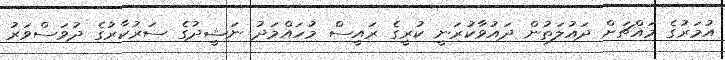
އުމަރުގެ މައްޗަށް ދައުލަތުން ދައުވާކުރަނީ ކުރީގެ ރައީސް މުހައްމަދު ނަޝީދުގެ ސަރުކާރުގެ ދުވަސްވަރު